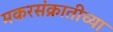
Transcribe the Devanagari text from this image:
मकरसंक्रातीच्या